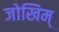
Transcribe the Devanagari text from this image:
जोखिम्